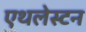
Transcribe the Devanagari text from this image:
एथलेस्टन